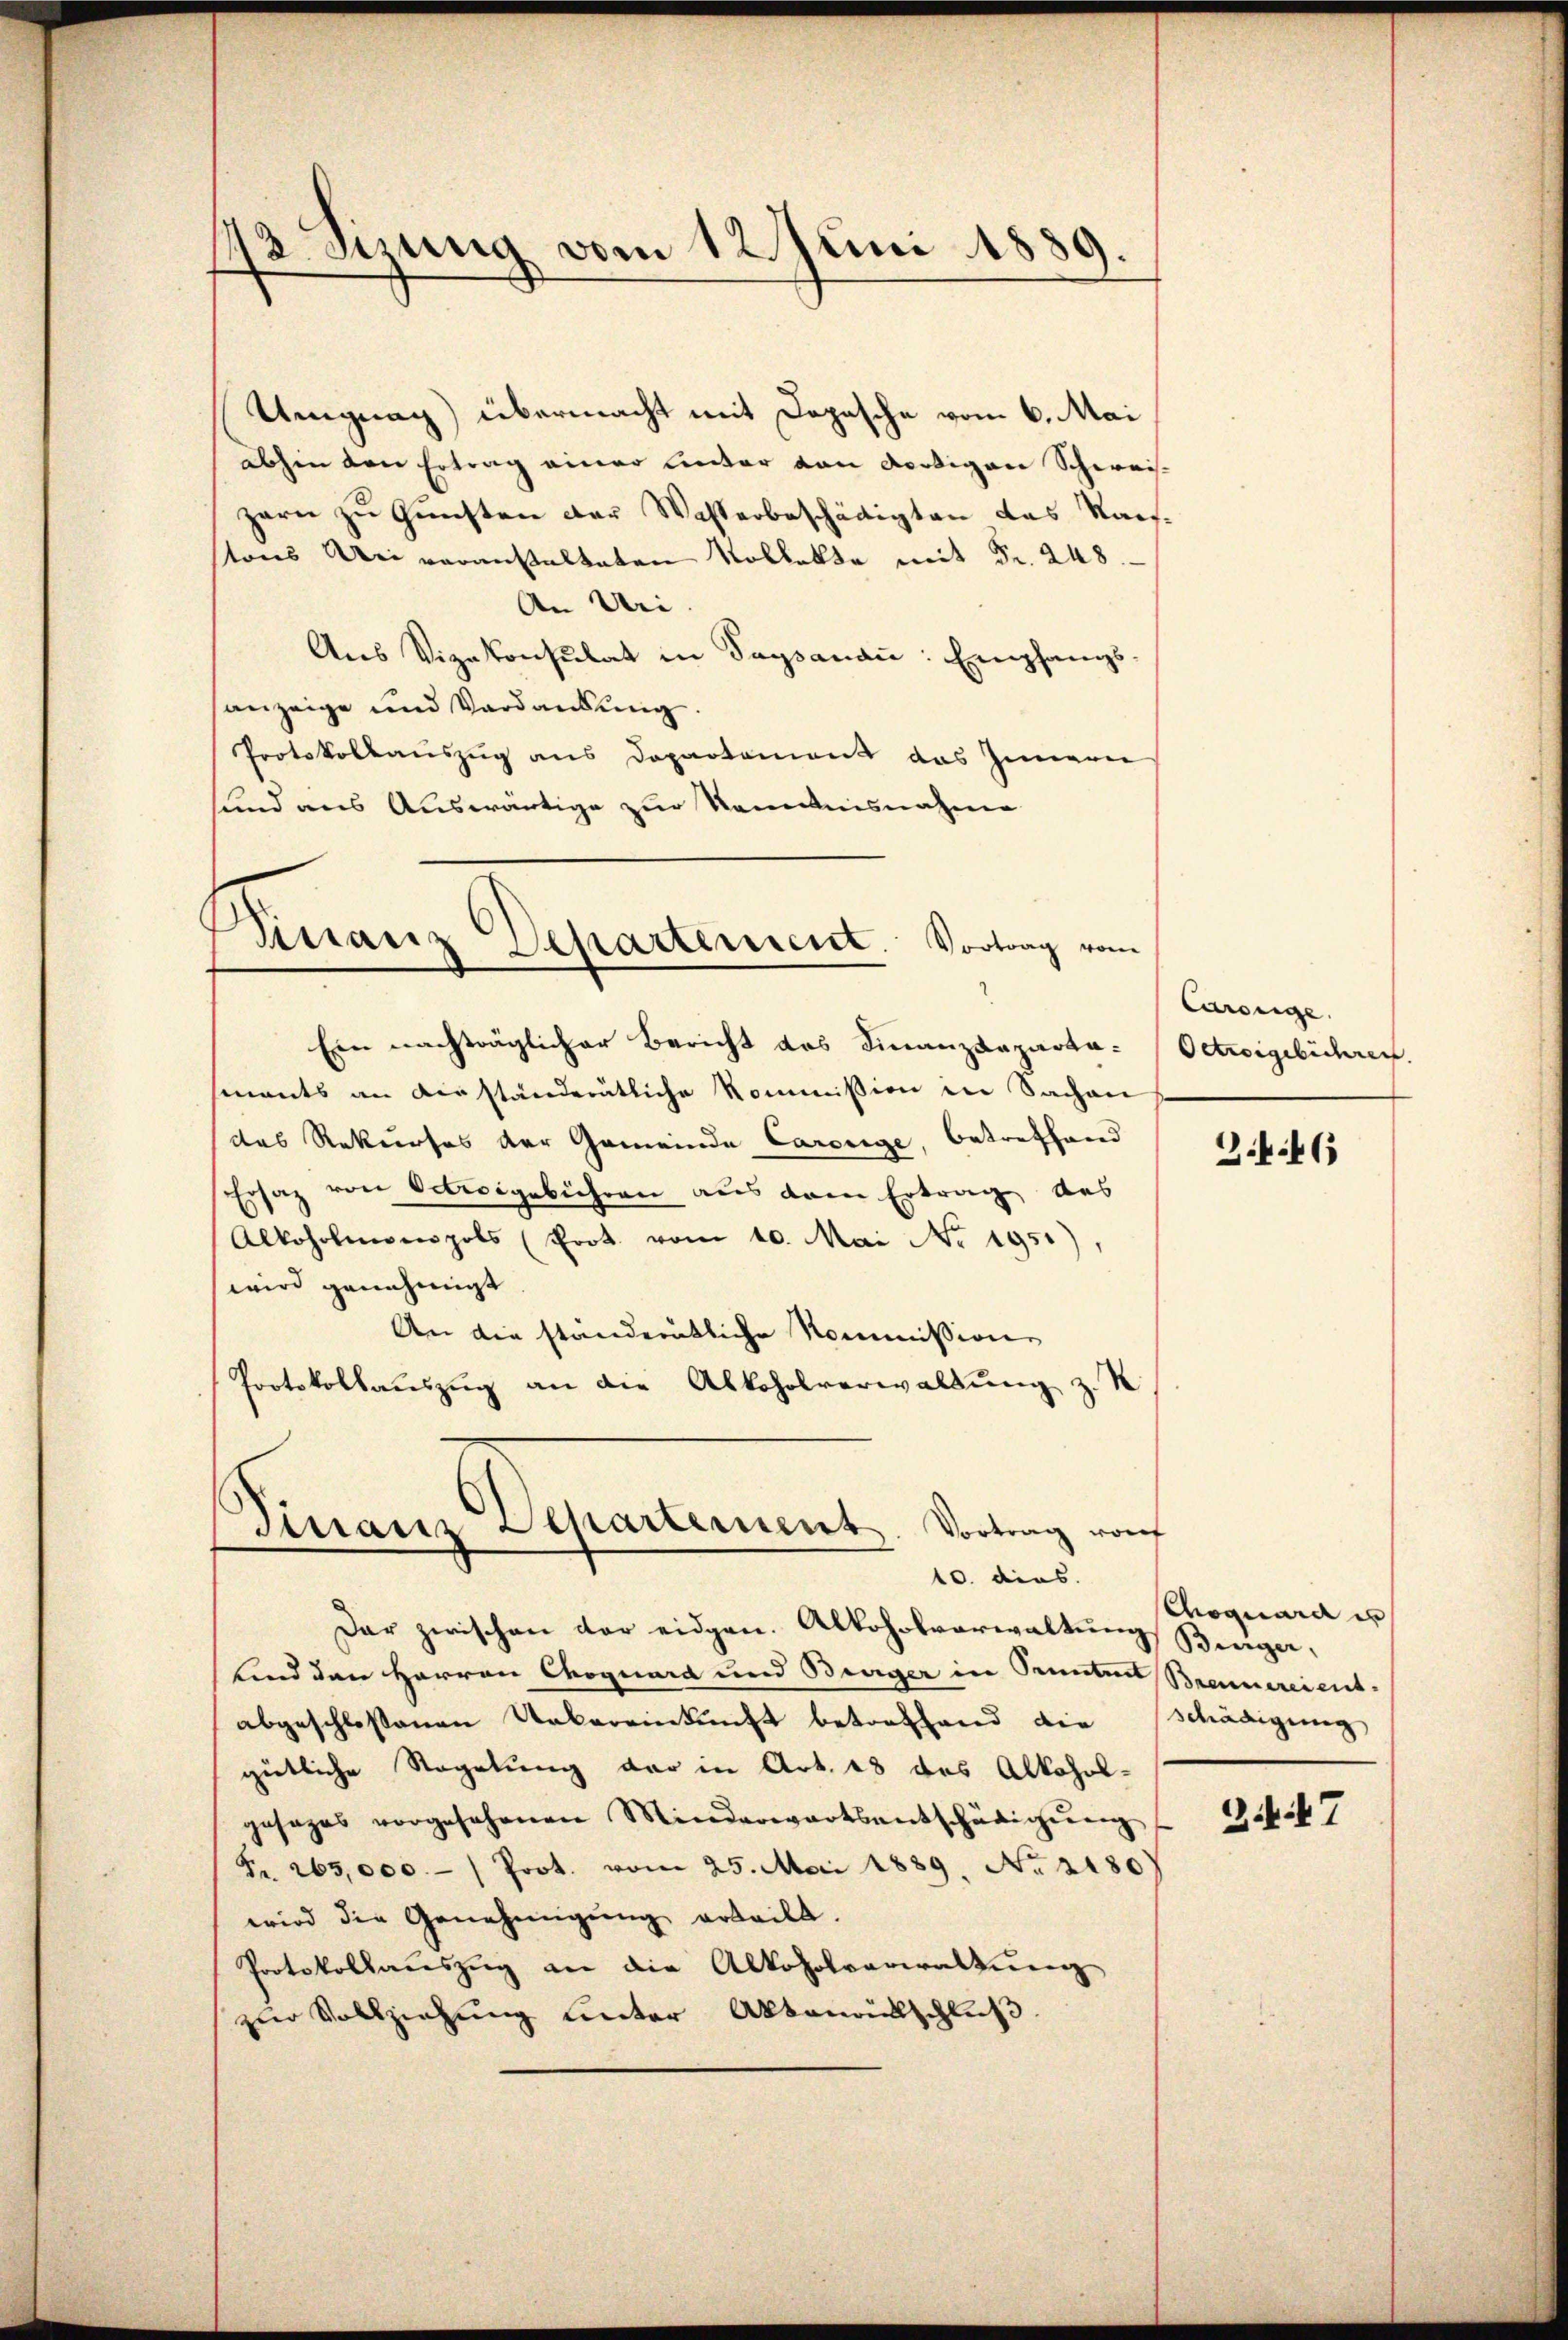
173 Sizung vom 12. Juni 1889.

Ungnag) übermacht mit Dopasche vom 6. Mai
abhin den Ertrag einer Unter von Fertigen Schweis-
zern zu Gunsten der Wasserbeschädigten das Kais.
tons Bei veranstalteten Kollekte mit Fr. 248.
An Uri
Aus Vizekonsulat in Tagsanaṅ: Empfangs-
sanzeige und Verdankung
Protokollauszug aus Departement das Innern
sund aus Auswärtige zur Kenntnisnahme

Sirranz Departement. Vortrag vom

Ein nachträglicher Bericht des Finanzdepartasments an verständerätliche Kommission in Sachen
das Rekurses der Gemeinde Carorige, betreffend
Ersatz von Oetweigebühren aus dem Ertrag des
Alkoholengenpols (Prot. vom 10. Mai No 1951),
wird genehmigt
An die ständerätliche Kommission
Protokollaŭszŭg an die Alkoholverwaltŭng z. K

Finanz Departement. Vortrag von
10. dies

Dar zwischen der eidgen. Alkoholverwaltŭng Beeiger,
Lind den Herren Choquard und Bürger in Pruntert Brennereiens-
abgeschlossenen Uebereinkunft betreffend die schädigung
gütliche Regelung der in Art. 18 des Alkohol-
gesages vorgesehenen Minderwartsentschädigŭng
Fr. 265,000.- (Prot. vom 25. Mai 1889. No 2180
wird die Genehmigung erteilt.
Protokollauszug an die Alkoholverwaltung
zŭr Vollziehung unter Aktenantschluß.

Curouge.
Octroigebichrei

2.4.46)

oquara en

Z. 47